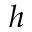
h